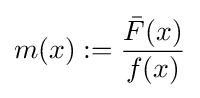
m(x):={\frac {{\bar {F}}(x)}{f(x)}}